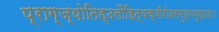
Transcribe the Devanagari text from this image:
प्राग्ज्योतिड्ढलौहित्यक्षीरोदसमुद्रपरुड्ढादाः।